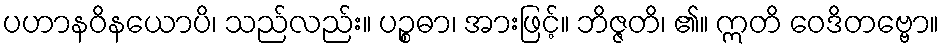
ပဟာနဝိနယောပိ၊ သည်လည်း။ ပဉ္စဓာ၊ အားဖြင့်။ ဘိဇ္ဇတိ၊ ၏။ ဣတိ ဝေဒိတဗ္ဗော။